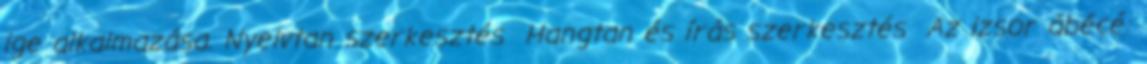
ige alkalmazása. Nyelvtan szerkesztés Hangtan és írás szerkesztés Az izsor ábécé: